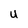
Character: U